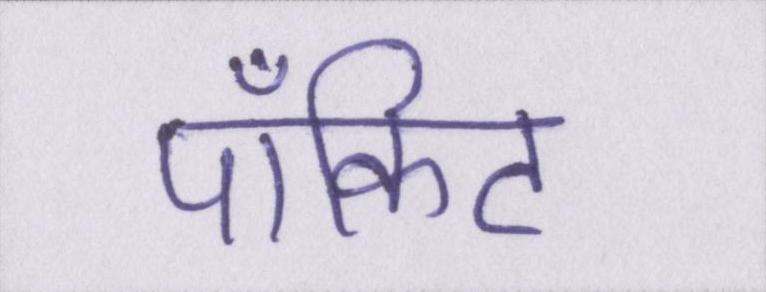
पॉकिट